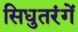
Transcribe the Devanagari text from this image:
सिधुतरंगें